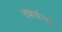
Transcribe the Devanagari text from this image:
तर्क्यन्ते